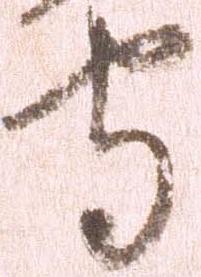
守